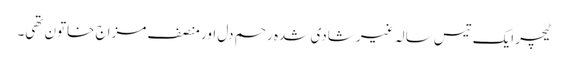
ٹیچر ایک تیس سالہ غیر شادی شدہ رحم دل اور منصف مزاج خاتون تھی۔